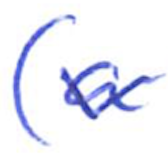
Text: (a
Cross-out: wave
Writing tool: ballpoint